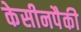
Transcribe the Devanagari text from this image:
केसीनपैकी